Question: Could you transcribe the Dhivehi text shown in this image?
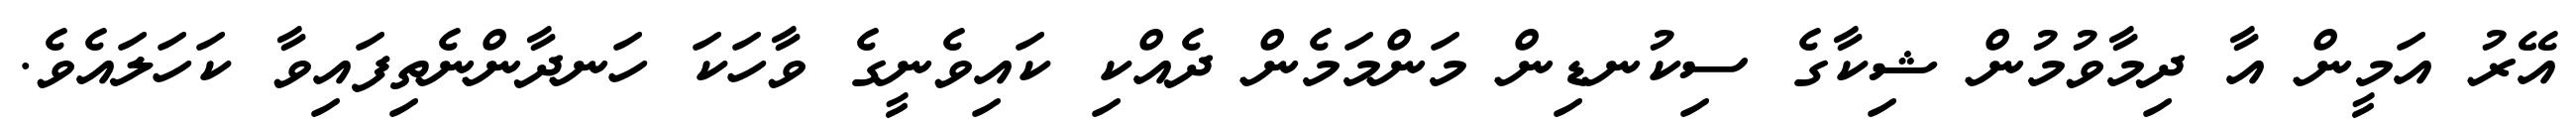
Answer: އޭރު އަމީން އާ ދިމާވުމުން ޝިކާގެ ސިކުނޑިން މަންމަމެން ދެއްކި ކައިވެނީގެ ވާހަކަ ހަނދާންނެތިފައިވާ ކަހަލައެވެ.